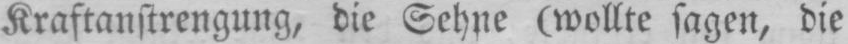
Kraftanstrengung, die Sehne (wollte sagen, die